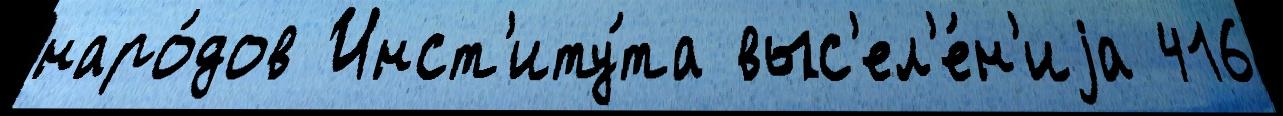
наро́дов Инст'иту́та выс'ел'е́н'иjа 416